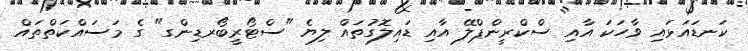
ކަނޑައަޅައި ވާހަކަ އާއި ސްކްރީންޕްލޭ އާއި ޑައިލޮގުތައް ލިޔެ "ސްޓޯރީބޯރޑިންގ" ގެ މަސައްކަތްތައް